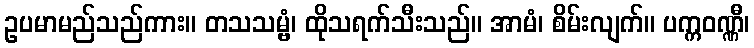
ဥပမာမည်သည်ကား။ တသသမ္ဗံ၊ ထိုသရက်သီးသည်။ အာမံ၊ စိမ်းလျက်။ ပက္ကဝဏ္ဏီ၊